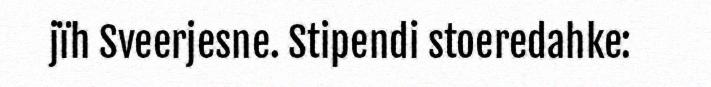
jïh Sveerjesne. Stipendi stoeredahke: